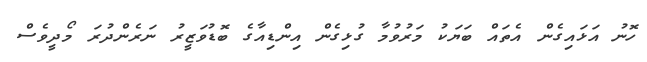
ހޮނު އަޅައިގެން އެތައް ބަޔަކު މަރުވުމާ ގުޅިގެން އިންޑިއާގެ ބޮޑުވަޒީރު ނަރެންދުރަ މޯދީވެސް